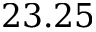
2 3 . 2 5